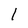
Character: 1